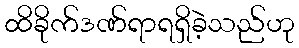
ထိခိုက်ဒဏ်ရာရရှိခဲ့သည်ဟု